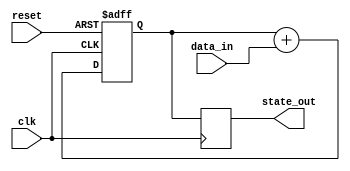
module sequential_logic (
    input wire clk,          // Clock signal
    input wire reset,        // Asynchronous reset signal
    input wire [3:0] data_in, // 4-bit input data
    output reg [3:0] state_out // 4-bit output state
);

// State register
reg [3:0] current_state;

// Always block sensitive to the positive edge of the clock
always @(posedge clk or posedge reset) begin
    if (reset) begin
        // Reset the state to a known value
        current_state <= 4'b0000; // Initialize state to 0
    end else begin
        // Update the state based on current inputs
        current_state <= current_state + data_in; // Example state update
    end
end

// Assign the current state to the output
always @(posedge clk) begin
    state_out <= current_state; // Output the current state
end

endmodule